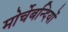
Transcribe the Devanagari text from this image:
मोर्चेबन्दियों